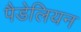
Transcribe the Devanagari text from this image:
पैडेलियन